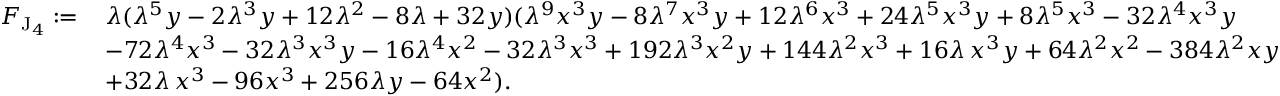
\begin{array} { r l } { F _ { \mathrm { J } _ { 4 } } : = \, } & { \lambda ( \lambda ^ { 5 } y - 2 \lambda ^ { 3 } y + 1 2 \lambda ^ { 2 } - 8 \lambda + 3 2 y ) ( \lambda ^ { 9 } x ^ { 3 } y - 8 \lambda ^ { 7 } x ^ { 3 } y + 1 2 \lambda ^ { 6 } x ^ { 3 } + 2 4 \lambda ^ { 5 } x ^ { 3 } y + 8 \lambda ^ { 5 } x ^ { 3 } - 3 2 \lambda ^ { 4 } x ^ { 3 } y } \\ & { - 7 2 \lambda ^ { 4 } x ^ { 3 } - 3 2 \lambda ^ { 3 } x ^ { 3 } y - 1 6 \lambda ^ { 4 } x ^ { 2 } - 3 2 \lambda ^ { 3 } x ^ { 3 } + 1 9 2 \lambda ^ { 3 } x ^ { 2 } y + 1 4 4 \lambda ^ { 2 } x ^ { 3 } + 1 6 \lambda \, x ^ { 3 } y + 6 4 \lambda ^ { 2 } x ^ { 2 } - 3 8 4 \lambda ^ { 2 } x y } \\ & { + 3 2 \lambda \, x ^ { 3 } - 9 6 x ^ { 3 } + 2 5 6 \lambda y - 6 4 x ^ { 2 } ) . } \end{array}